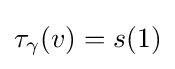
\tau _{\gamma }(v)=s(1)